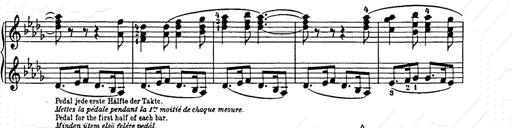
Title: Weihnachtsbaum
Composer: Franz Liszt